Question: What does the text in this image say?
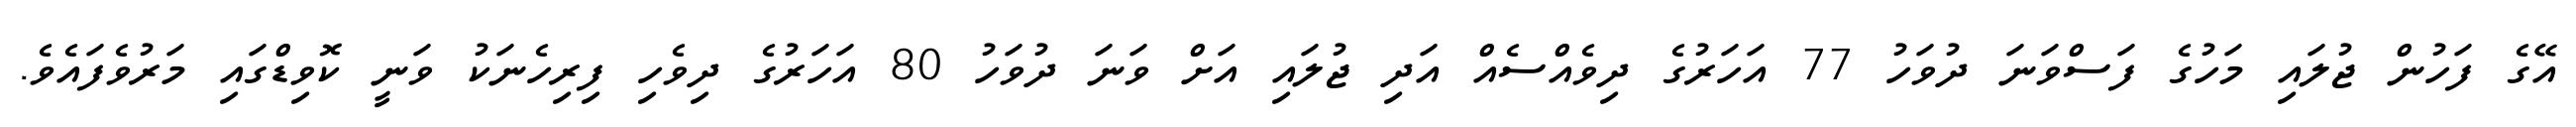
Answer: އޭގެ ފަހުން ޖުލައި މަހުގެ ފަސްވަނަ ދުވަހު 77 އަހަރުގެ ދިވެއްސެއް އަދި ޖުލައި އަށް ވަނަ ދުވަހު 80 އަހަރުގެ ދިވެހި ފިރިހެނަކު ވަނީ ކޮވިޑްގައި މަރުވެފައެވެ.